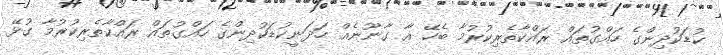
ކުޑަކުދިންގެ ހައްގުތައް ރައްކާތެރިކުރުމާ ބެހޭ އާ ގާނޫނެއް ހަދަނީކުޑަކުދިންގެ ހައްގުތައް ރައްކާތެރިކުރުމާ ގުޅޭ